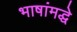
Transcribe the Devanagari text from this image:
भाषांमद्धे